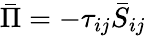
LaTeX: \bar{\Pi}=-{\tau_{ij}}{{\bar{S}}_{ij}}